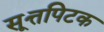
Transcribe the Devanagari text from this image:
सूत्तपिटक